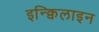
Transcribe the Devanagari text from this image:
इन्क्विलाइन